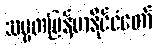
သမ္မတမြန်မာနိုင်ငံတော်